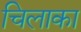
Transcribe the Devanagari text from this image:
चिलाका